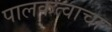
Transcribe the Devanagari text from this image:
पालकत्वाचा